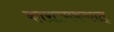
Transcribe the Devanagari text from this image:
कारात्मककात्‌